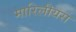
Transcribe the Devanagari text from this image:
मारिलीयस